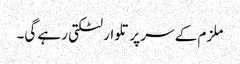
ملزم کے سر پر تلوار لٹکتی رہے گی۔